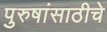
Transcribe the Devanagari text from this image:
पुरुषांसाठीचे